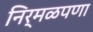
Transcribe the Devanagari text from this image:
निर्मळपणा